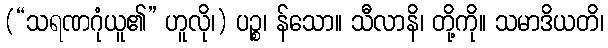
(“သရဏဂုံယူ၏” ဟူလို၊) ပဉ္စ၊ န်သော။ သီလာနိ၊ တို့ကို။ သမာဒိယတိ၊